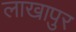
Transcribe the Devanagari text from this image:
लाखापुर